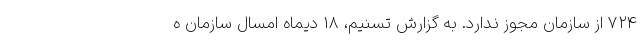
۷۲۴ از سازمان مجوز ندارد. به گزارش تسنیم، 18 دیماه امسال سازمان ه